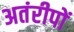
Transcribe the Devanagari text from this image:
अतंरीपों